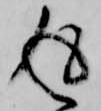
返